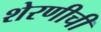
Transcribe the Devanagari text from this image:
शेरणीची